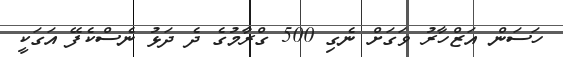
ހަސަން އަޒްހާރު ވަގަށް ނެގި 500 ގްރާމުގެ ދެ ދަޅު ނެސްކެފޭ އަގަކީ